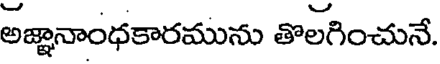
అజ్ఞానాంధకారమును తొలగించునే.